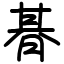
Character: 朞